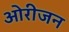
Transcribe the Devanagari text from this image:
ओरीजन